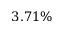
3 . 7 1 \%